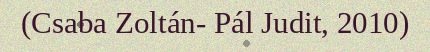
(Csaba Zoltán- Pál Judit, 2010)